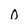
Character: 0